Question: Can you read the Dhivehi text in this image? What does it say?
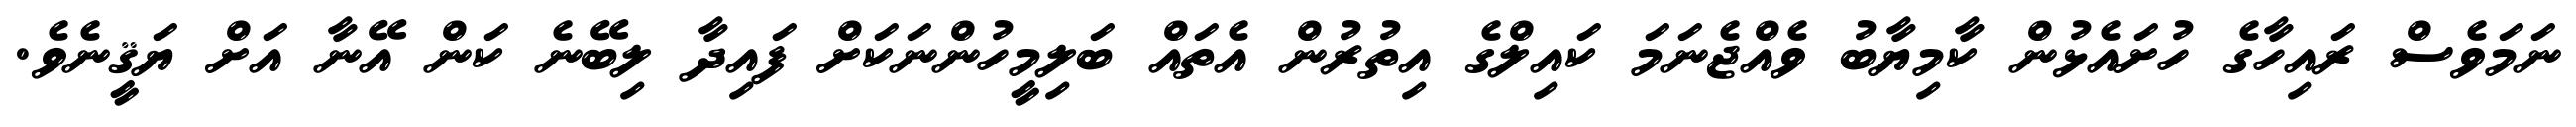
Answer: ނަމަވެސް ރައިހާގެ ހުށައެޅުން ކާމިޔާބު ވެއްޖެނަމަ ކައިލްގެ އިތުރުން އެތައް ބަލިމީހުންނަކަށް ފައިދާ ލިބޭނެ ކަން އޭނާ އަށް ޔަޤީނެވެ.